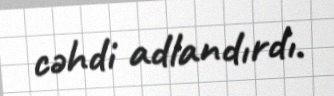
cəhdi adlandırdı.